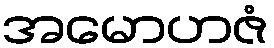
အမောဟဇံ